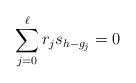
LaTeX: \begin{align*}\sum_{j=0}^\ell r_js_{h-g_j}=0\end{align*}